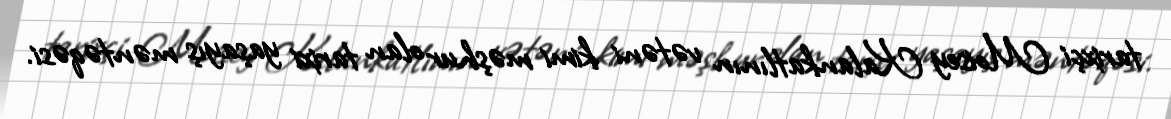
tarixçi Moisey Kalankatlının vətəni kimi məşhur olan tarixi yaşayış məntəqəsi.